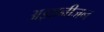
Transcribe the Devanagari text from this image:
अज्ञानीजन